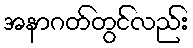
အနာဂတ်တွင်လည်း